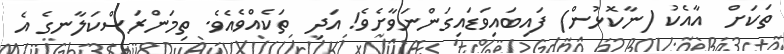
ތަކަށް  އާއެކު (ނާކޮޅުން) ފައިބައިވަޑައިގަންނަވާށެވެ! އަދި  ތަކެއްވެއެވެ. ތިމަންރަސްކަލާނގެ އެ